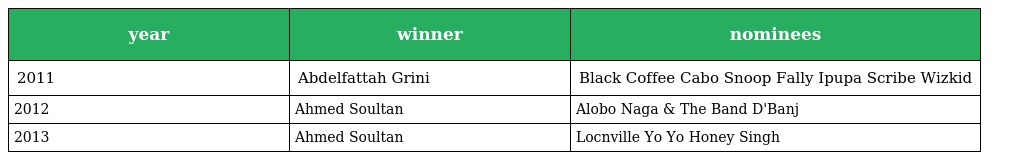
| year | winner | nominees |
 | --- | --- | --- |
 | 2011 | Abdelfattah Grini | Black Coffee Cabo Snoop Fally Ipupa Scribe Wizkid |
 | 2012 | Ahmed Soultan | Alobo Naga & The Band D'Banj |
 | 2013 | Ahmed Soultan | Locnville Yo Yo Honey Singh |